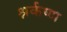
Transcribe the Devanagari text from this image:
श्नर्कष्ण